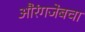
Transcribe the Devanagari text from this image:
औरंगजेबचा